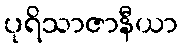
ပုရိသာဇာနီယာ